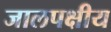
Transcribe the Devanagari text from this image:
जालपक्षीय